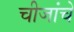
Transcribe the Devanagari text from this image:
चीजांचे